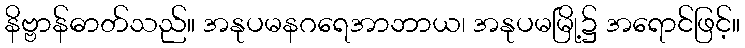
နိဗ္ဗာန်ဓာတ်သည်။ အနုပမနဂရေအာဘာယ၊ အနုပမမြို့၌ အရောင်ဖြင့်။